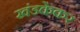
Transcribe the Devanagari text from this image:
खंडकेकर